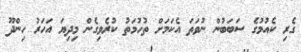
ގެރި ކެއުމުގެ ސަބަބުން ނުވަތަ އެކަމަށް ތުހުމަތު ކުރެވިގެން މިދިޔަ އަހަރު ހިންދޫ